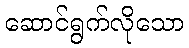
ဆောင်ရွက်လိုသော